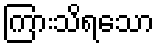
ကြားသိရသော